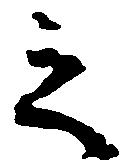
之